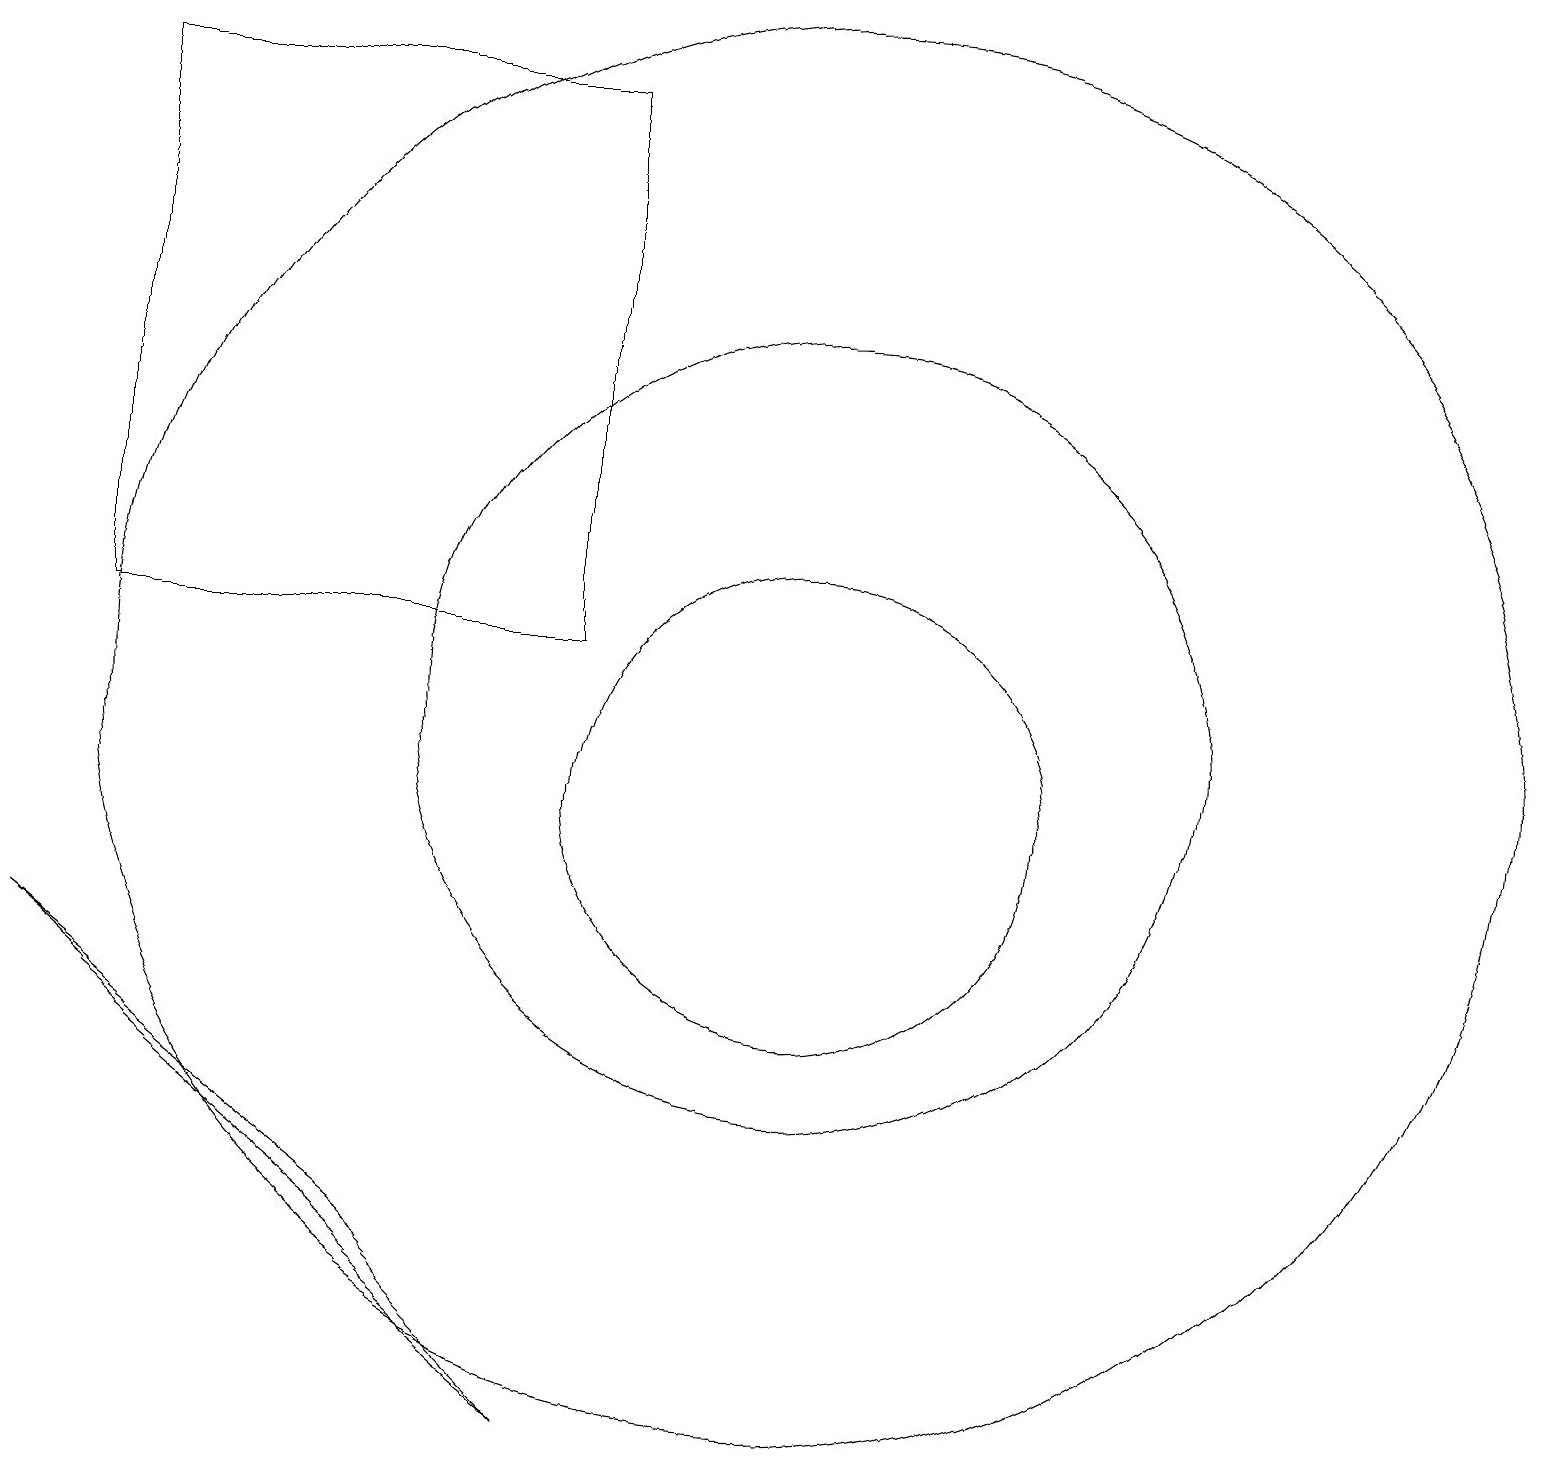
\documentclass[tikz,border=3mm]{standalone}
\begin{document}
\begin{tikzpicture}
\draw (11,10) circle (3);
\draw (11,11) circle (9);
\draw (8,12) rectangle (2,19);
\draw (6,4) -- (1,8) -- (8,2) -- cycle;
\draw (11,11) circle (5);
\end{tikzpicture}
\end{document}